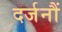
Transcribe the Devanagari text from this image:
दर्जनौं